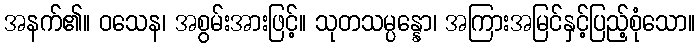
အနက်၏။ ဝသေန၊ အစွမ်းအားဖြင့်။ သုတသမ္ပန္နော၊ အကြားအမြင်နှင့်ပြည့်စုံသော။